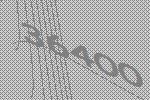
36400